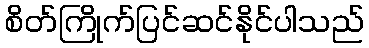
စိတ်ကြိုက်ပြင်ဆင်နိုင်ပါသည်